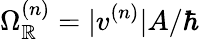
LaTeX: \Omega_{\mathbb{R}}^{(n)}=|v^{(n)}|A/\hbar